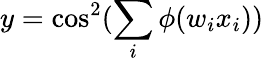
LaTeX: y=\cos^{2}(\sum_{i}\phi(w_{i}x_{i}))